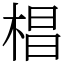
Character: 椙